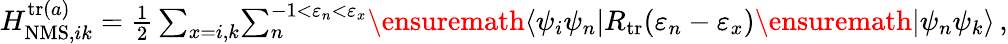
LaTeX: \begin{array}{r}{H_{\mathrm{NMS},ik}^{\mathrm{tr}(a)}=\frac{1}{2}\sum_{x=i,k}\! \sum_{n}^{-1<\varepsilon_{n}<\varepsilon_{x}}\! \ensuremath{\langle\psi_{i}\psi_{n}|}{R}_{\mathrm{tr}}(\varepsilon_{n}-\varepsilon_{x})\ensuremath{|\psi_{n}\psi_{k}\rangle}\, ,}\end{array}